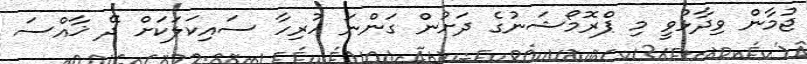
ޖުމާން ވިދާޅުވީ މި ޕްރޮމޯޝަނުގެ ދަށުން ގަންނަ ހުރިހާ ސައިކަލަކަށް ދޭ ޚާއްސަ